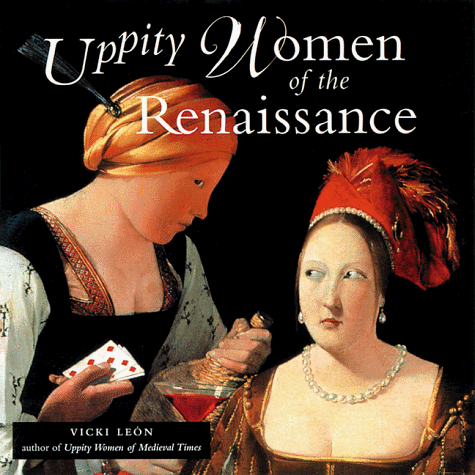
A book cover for Uppity Women of the Renaissance; Vicki Leon; Politics & Social Sciences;